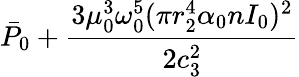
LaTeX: \bar{P}_{0}+\frac{3\mu_{0}^{3}\omega_{0}^{5}(\pi r_{2}^{4}\alpha_{0}nI_{0})^{2}}{2c_{3}^{2}}